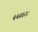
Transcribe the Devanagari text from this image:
५५६६२८